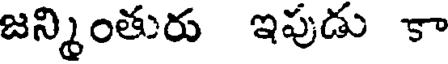
జన్మింతురు ఇపుడు కా